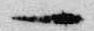
一